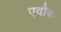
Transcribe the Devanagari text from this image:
एवौक